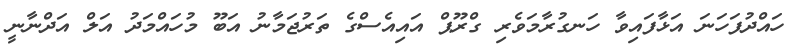
ހައްދުފަހަނަ އަޅާފައިވާ ހަނގުރާމަވެރި ގްރޫޕް އައިއެސްގެ ތަރުޖަމާނު އަބޫ މުހައްމަދު އަލް އަދްނާނީ